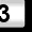
Digit: 3